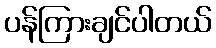
ပန်ကြားချင်ပါတယ်